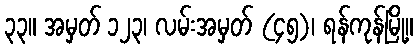
၃၃။ အမှတ် ၁၂၃၊ လမ်းအမှတ် (၄၅)၊ ရန်ကုန်မြို့။